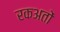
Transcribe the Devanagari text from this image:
रकअतों